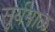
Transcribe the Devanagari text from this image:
सूर्यमाळ